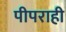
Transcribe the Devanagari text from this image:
पीपराही